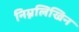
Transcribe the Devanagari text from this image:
निम्नलिखिन